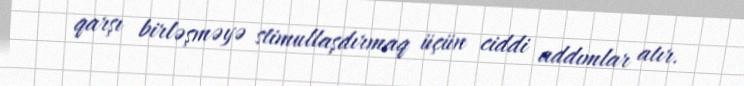
qarşı birləşməyə stimullaşdırmaq üçün ciddi addımlar atır.